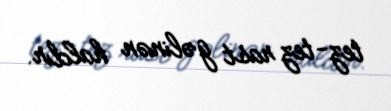
tez-tez rast gəlinən haldır.